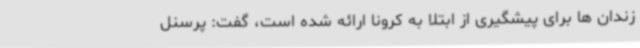
زندان ها برای پیشگیری از ابتلا به کرونا ارائه شده است، گفت: پرسنل